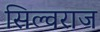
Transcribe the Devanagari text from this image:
सिल्वराज